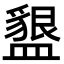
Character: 𭾒